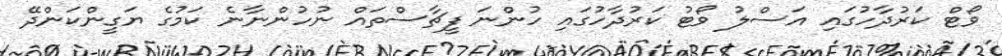
ވޯޓް ކަރުދާހުގައި އަސްލު ވޯޓު ކަރުދާހުގައި ހުންނަ ފީޗާސްތައް ނުހުންނާނެ ކަމުގެ ޔަގީންކަންދޭ